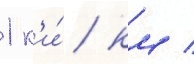
1 к'и́/ км /